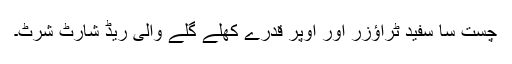
چست سا سفید ٹراؤزر اور اوپر قدرے کھلے گلے والی ریڈ شارٹ شرٹ۔